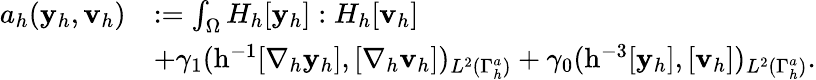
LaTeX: \begin{array}{rl}{a_{h}({\mathbf{y}_{h}},\mathbf{v}_{h})}&{:=\int_{\Omega}H_{h}[{\mathbf{y}_{h}}]:H_{h}[\mathbf{v}_{h}]}\\ &{+\gamma_{1}(\mathrm{h}^{-1}[\nabla_{h}{\mathbf{y}_{h}}],[\nabla_{h}\mathbf{v}_{h}])_{L^{2}(\Gamma_{h}^{a})}+\gamma_{0}(\mathrm{h}^{-3}[{\mathbf{y}_{h}}],[\mathbf{v}_{h}])_{L^{2}(\Gamma_{h}^{a})}.}\end{array}